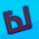
لذا